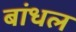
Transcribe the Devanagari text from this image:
बांधल